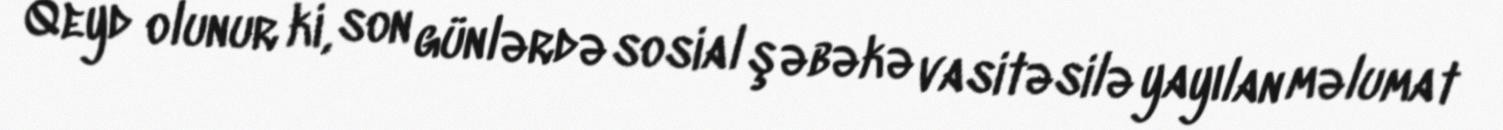
Qeyd olunur ki, son günlərdə sosial şəbəkə vasitəsilə yayılan məlumat